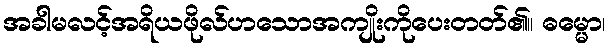
အခါမလင့်အရိယဖိုလ်ဟသောအကျိုးကိုပေးတတ်၏။ ဓမ္မော၊